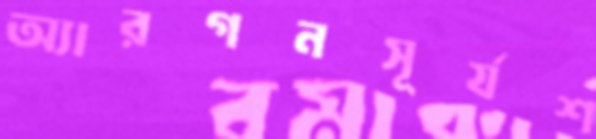
অ্যারগনসূর্যশ